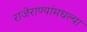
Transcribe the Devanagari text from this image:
राजेराण्यांमधल्या